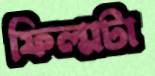
ফিল্মটা